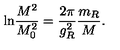
\mathrm { l n } \frac { M ^ { 2 } } { M _ { 0 } ^ { 2 } } = \frac { 2 \pi } { g _ { R } ^ { 2 } } \frac { m _ { R } } { M } .